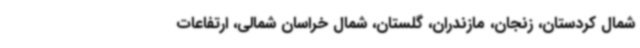
شمال کردستان، زنجان، مازندران، گلستان، شمال خراسان شمالی، ارتفاعات